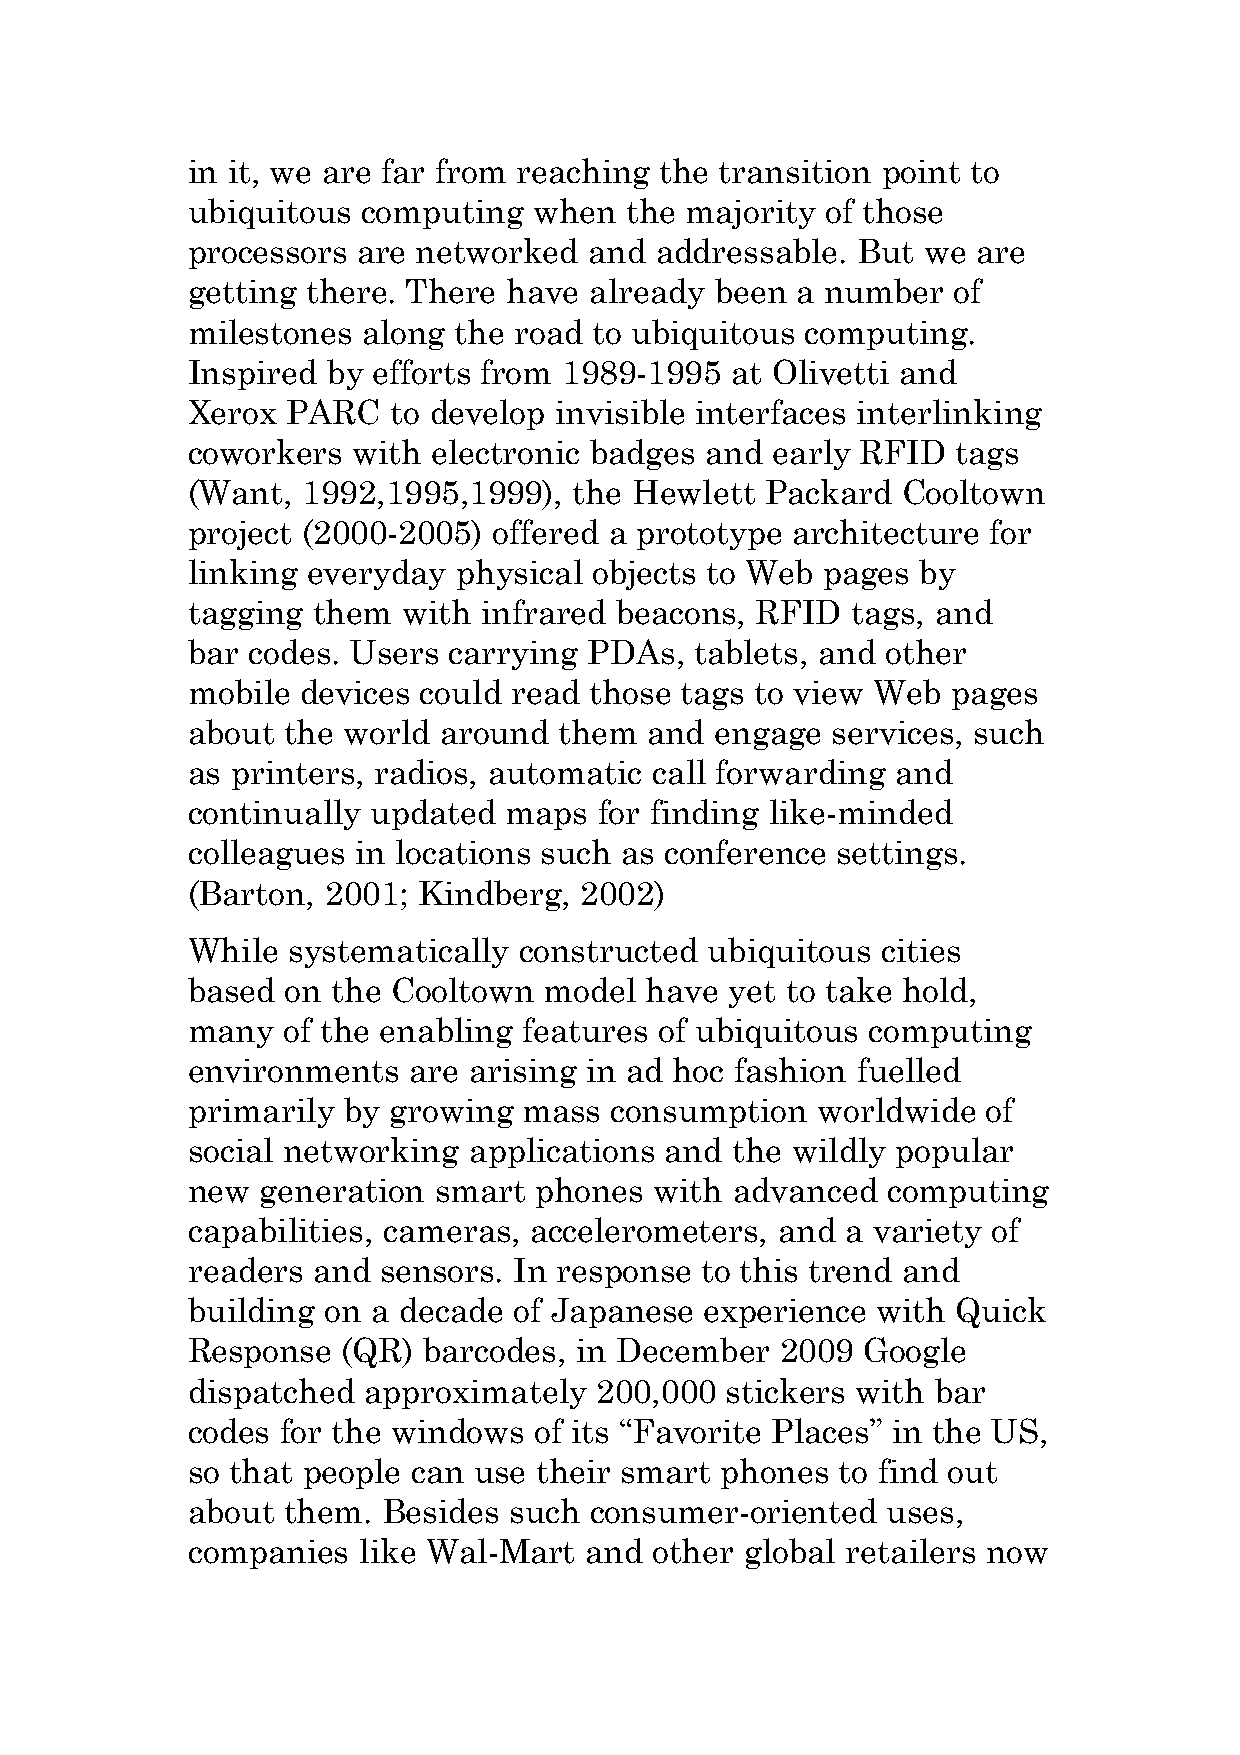
in it, we are far from reaching the transition point to
 ubiquitous  computing  when  the majority  of those
 processors  are networked  and addressable.  But we  are
 getting there. There  have already been  a number  of
 milestones  along the road to ubiquitous computing.
 Inspired  by efforts from 1989-1995 at Olivetti and
 Xerox  PARC   to develop invisible interfaces interlinking
 coworkers  with  electronic badges and early RFID  tags
 (Want,  1992,1995,1999),  the Hewlett  Packard  Cooltown
 project (2000-2005)  offered a prototype architecture for
 linking everyday  physical objects to Web pages  by
 tagging  them  with infrared beacons, RFID  tags, and
 bar codes. Users  carrying PDAs,  tablets, and other
 mobile  devices could read those tags to view Web  pages
 about  the world around  them  and engage  services, such
 as printers, radios, automatic call forwarding and
 continually  updated maps   for finding like-minded
 colleagues  in locations such as conference settings.
 (Barton,  2001; Kindberg, 2002)
 While  systematically constructed  ubiquitous cities
 based  on the Cooltown  model  have yet to take hold,
 many   of the enabling features of ubiquitous computing
 environments   are arising in ad hoc fashion fuelled
 primarily  by growing  mass consumption   worldwide  of
 social networking  applications and the wildly popular
 new  generation  smart phones  with advanced   computing
 capabilities, cameras, accelerometers,  and a variety of
 readers  and sensors. In response to this trend and
 building on  a decade of Japanese  experience with Quick
 Response   (QR) barcodes, in December   2009 Google
 dispatched  approximately  200,000  stickers with bar
 codes  for the windows of its “Favorite Places” in the US,
 so that people can use their smart  phones  to find out
 about  them. Besides  such consumer-oriented   uses,
 companies   like Wal-Mart  and other global retailers now